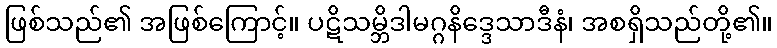
ဖြစ်သည်၏ အဖြစ်ကြောင့်။ ပဋိသမ္ဘိဒါမဂ္ဂနိဒ္ဒေသာဒီနံ၊ အစရှိသည်တို့၏။